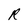
Character: R